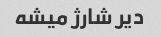
دیر شارژ میشه